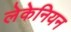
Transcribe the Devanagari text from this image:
लेकेनियन